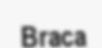
Braca